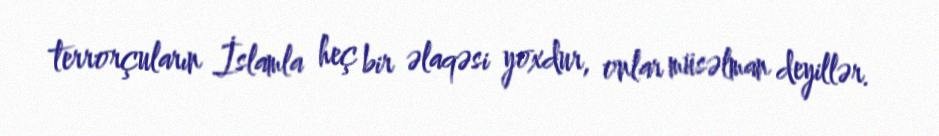
terrorçuların İslamla heç bir əlaqəsi yoxdur, onlar müsəlman deyillər.